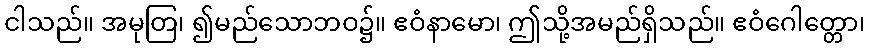
ငါသည်။ အမုတြ၊ ၍မည်သောဘဝ၌။ ဧဝံနာမော၊ ဤသို့အမည်ရှိသည်။ ဧဝံဂေါတ္တော၊